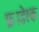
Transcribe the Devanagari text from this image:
फ्राडेस्क